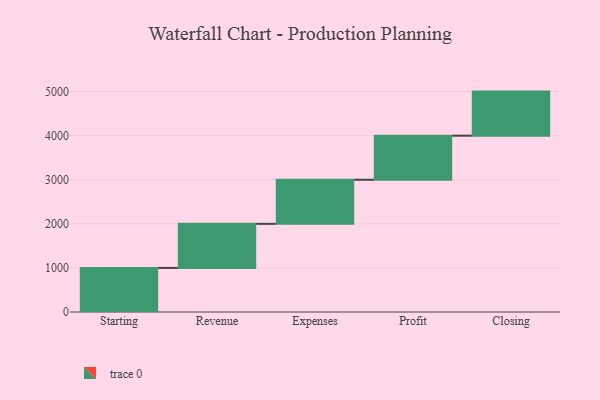
{"axis": {"x": "Step", "y": "Value"}, "legend": [""], "data": [{"x": "Starting", "y": 1000, "type": ""}, {"x": "Revenue", "y": 1000, "type": ""}, {"x": "Expenses", "y": 1000, "type": ""}, {"x": "Profit", "y": 1000, "type": ""}, {"x": "Closing", "y": 1000, "type": ""}]}